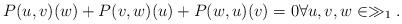
LaTeX: \begin{align*}P(u,v)(w)+P(v,w)(u)+P(w,u)(v)=0 \forall u,v,w \in \gg_1.\end{align*}